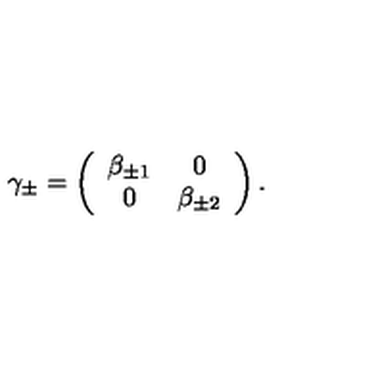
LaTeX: \gamma _ { \pm } = \left( \begin{array} { c c } { \beta _ { \pm 1 } } & { 0 } \\ { 0 } & { \beta _ { \pm 2 } } \\ \end{array} \right) .